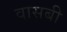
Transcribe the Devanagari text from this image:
वासबी